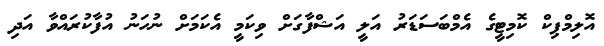
އޮލިމްޕިކް ކޮމިޓީގެ އެމްބަސަޑަރު އަލީ އަޝްފާގަށް ވިކަމީ އެކަމަށް ނުހަނު އުފާކުރައްވާ އަދި